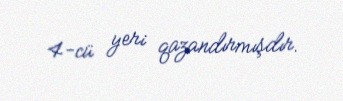
4-cü yeri qazandırmışdır.